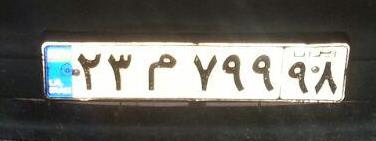
۲۳م۷۹۹۹۸